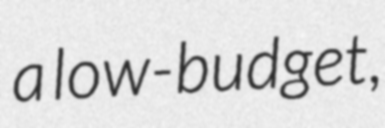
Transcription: a low-budget,